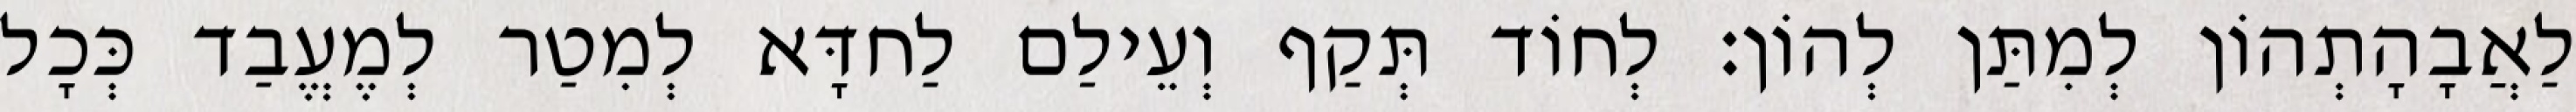
לַאֲבָהָתְהוֹן לְמִתַּן לְהוֹן׃ לְחוֹד תְּקַף וְעֵילַם לַחדָּא לְמִטַר לְמֶעֱבַד כְּכָל